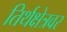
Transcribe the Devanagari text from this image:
तिर्थक्षेत्रवर